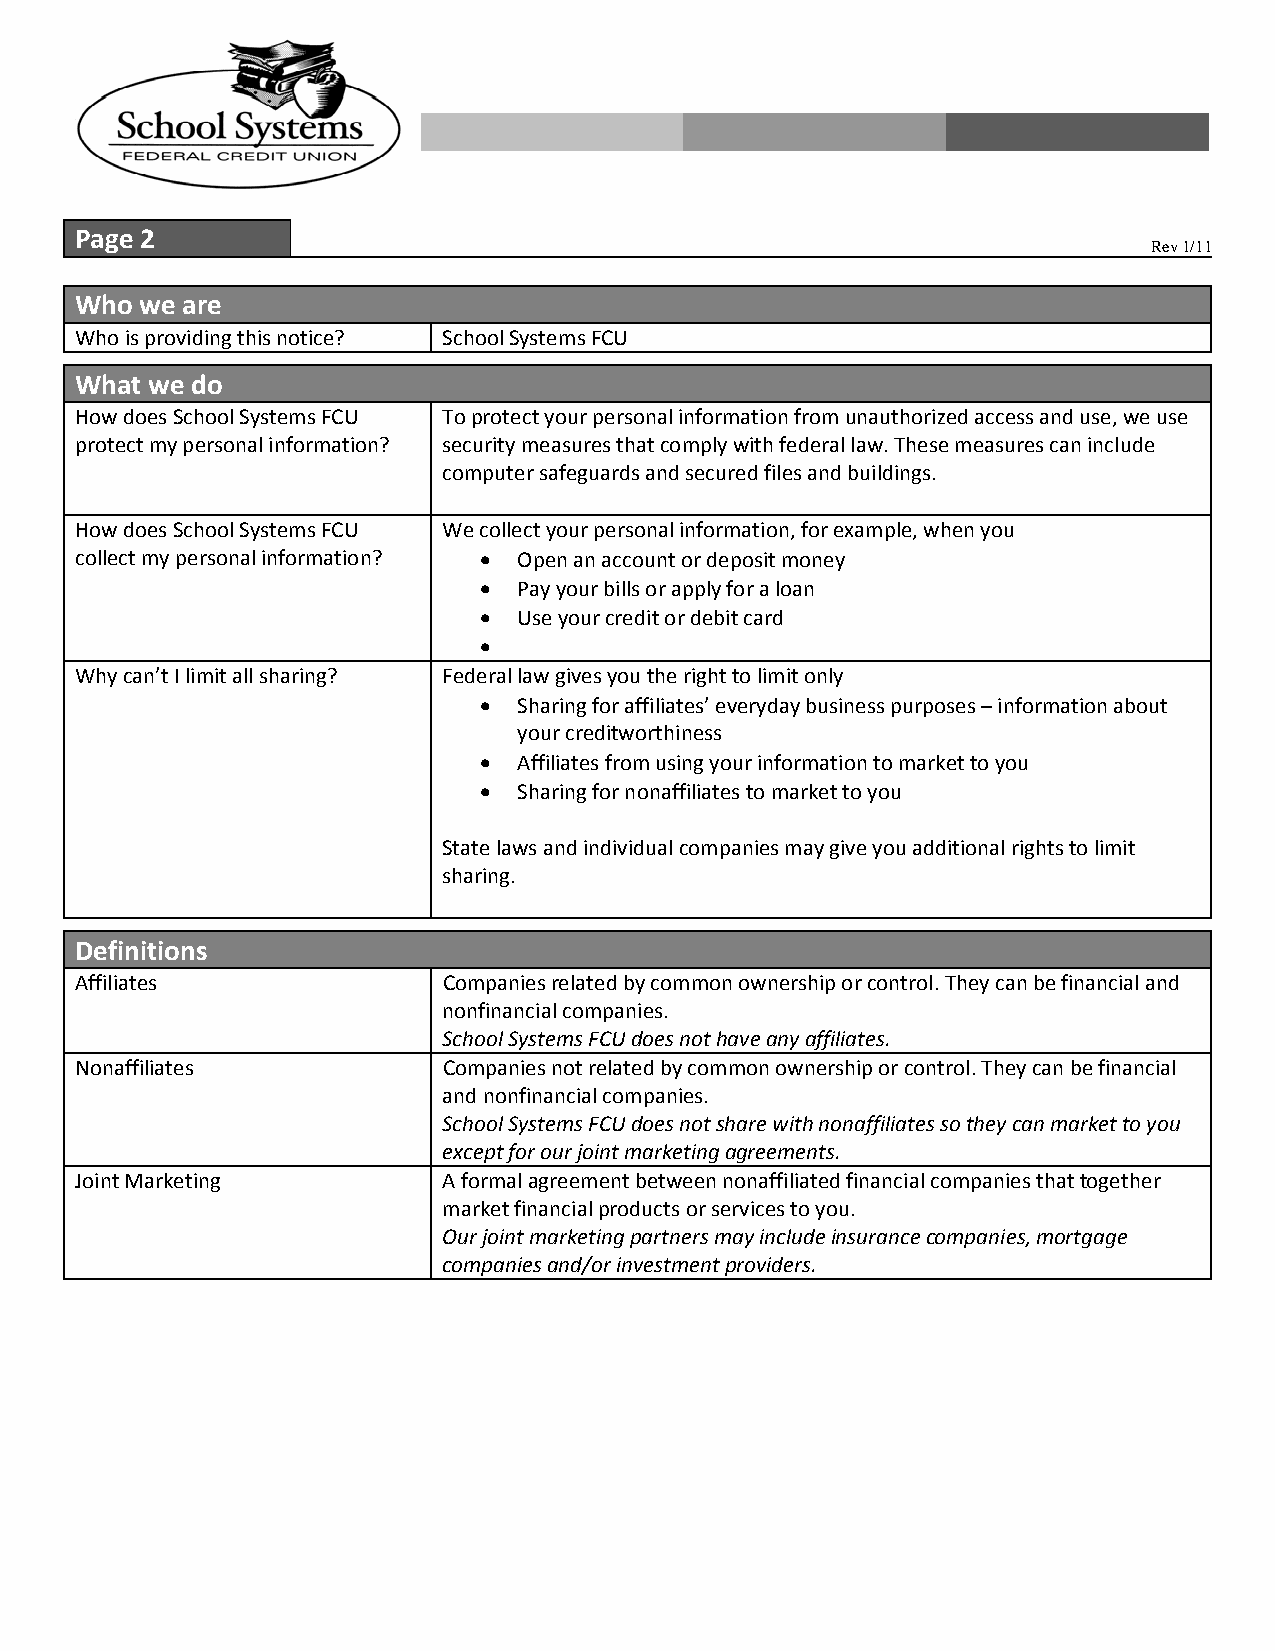
Page 2
 Rev 1/11
 Who we are
 Who is providing this notice? School Systems FCU
 What we do
 How does School Systems FCU To protect your personal information from unauthorized access and use, we use
 protect my personal information? security measures that comply with federal law. These measures can include
 computer safeguards and secured files and buildings.
 How does School Systems FCU We collect your personal information, for example, when you
 collect my personal information?  Open an account or deposit money
  Pay your bills or apply for a loan
  Use your credit or debit card
 
 Why can’t I limit all sharing? Federal law gives you the right to limit only
  Sharing for affiliates’ everyday business purposes – information about
 your creditworthiness
  Affiliates from using your information to market to you
  Sharing for nonaffiliates to market to you
 State laws and individual companies may give you additional rights to limit
 sharing.
 Definitions
 Affiliates              Companies related by common ownership or control. They can be financial and
 nonfinancial companies.
 School Systems FCU does not have any affiliates.
 Nonaffiliates           Companies not related by common ownership or control. They can be financial
 and nonfinancial companies.
 School Systems FCU does not share with nonaffiliates so they can market to you
 except for our joint marketing agreements.
 Joint Marketing         A formal agreement between nonaffiliated financial companies that together
 market financial products or services to you.
 Our joint marketing partners may include insurance companies, mortgage
 companies and/or investment providers.